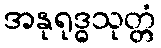
အနုရုဒ္ဓသုတ္တံ